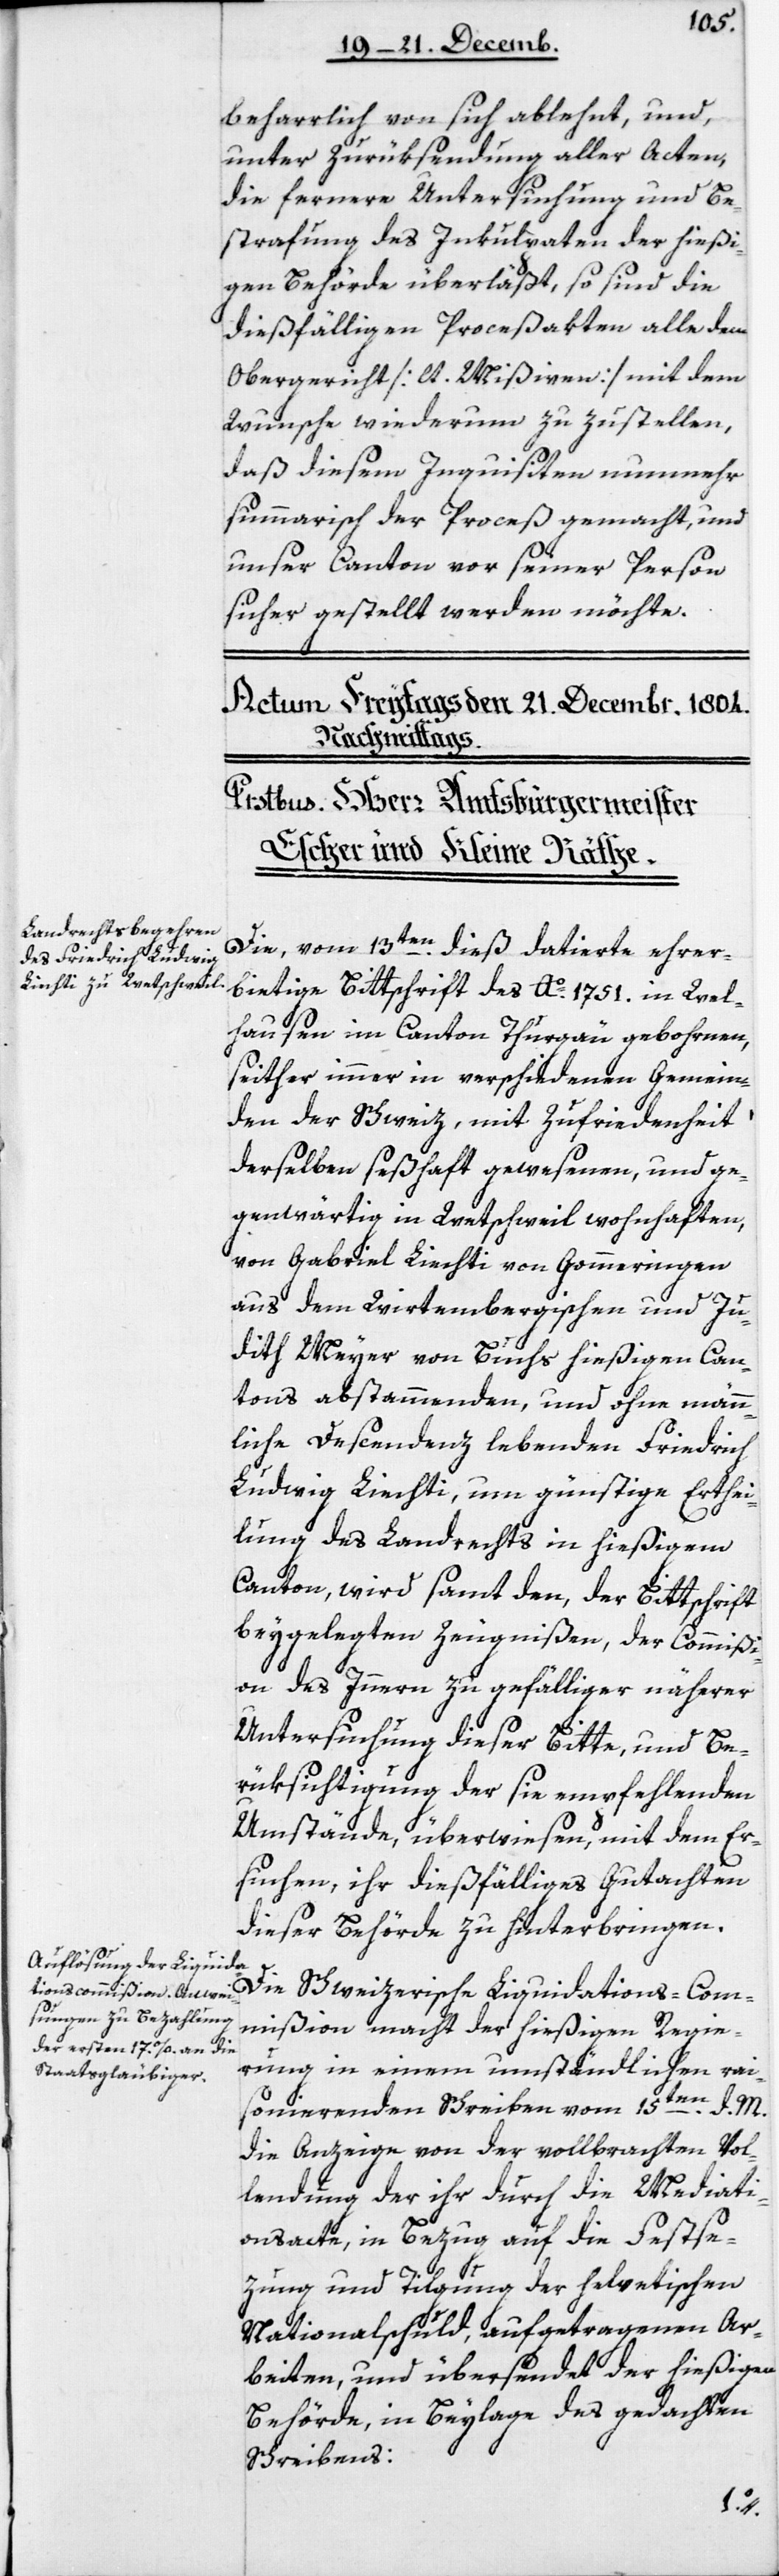
beharrlich von sich ablehnt, und
unter Zurüksendung aller Acten,
die fernere Untersuchung und Be¬
strafung des Inkulpaten der hießi¬
gen Behörde überläßt, so sind die
dießfälligen Proceßacten alle dem
Obergericht [lt. Mißiven] mit dem
Wunsche wiederum zuzustellen,
daß diesem Inquisiten nunmehr
summarisch der Proceß gemacht, und
unser Canton vor seiner Person
sicher gestellt werden möchte.
Die vom 13ten dieß datierte ehrer¬
bietige Bittschrift des Ao. 1751 in Wel¬
lhausen im Canton Thurgau gebohrnen,
seither immer in verschiedenen Gemein¬
den der Schweiz, mit Zufriedenheit
derselben seßhaft gewesenen, und ge¬
genwärtig in Wetschweil wohnhaften,
von Gabriel Liechti von Gommeringen
aus dem würtembergischen und Ju¬
dith Meyer von Buchs hießigen Can¬
tons abstammenden, und ohne männ¬
liche Descendenz lebenden Friedrich
Ludwig Liechti, um günstige Erthei¬
lung des Landrechts in hießigem
Canton, wird samt den, der Bittschrift
beygelegten Zeugnißen, der Commißi¬
on des Innern zu gefälliger näherer
Untersuchung dieser Bitte, und Be¬
rüksichtigung der sie empfehlenden
Umstände, überwiesen, mit dem Er¬
suchen, ihr dießfälliges Gutachten
dieser Behörde zu hinterbringen.
Die Schweizerische Liquidations-Com¬
mißion macht der hießigen Regie¬
rung in einem umständlichen rai¬
sonierenden Schreiben vom 15ten d.
die Anzeige von der vollbrachten Vol¬
lendung der ihr durch die Mediati¬
onsacte, in Bezug auf die Festse¬
zung und Tilgung der helvetischen
Nationalschuld, aufgetragenen Ar¬
beiten, und übersendet der hießigen
Behörde, in Beylage des gedachten
Schreibens: